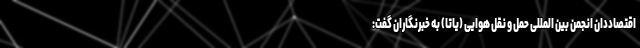
اقتصاددان انجمن بین المللی حمل و نقل هوایی (یاتا) به خبرنگاران گفت: